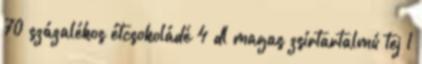
70 százalékos étcsokoládé 4 dl magas zsírtartalmú tej 1